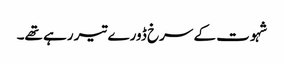
شہوت کے سرخ ڈورے تیر رہے تھے۔